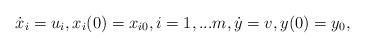
LaTeX: \begin{align*}\dot{x}_i=u_i, x_i(0)=x_{i0}, i=1,...m, \dot{y}=v, y(0)=y_0,\end{align*}